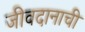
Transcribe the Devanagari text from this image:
जीवदानाची